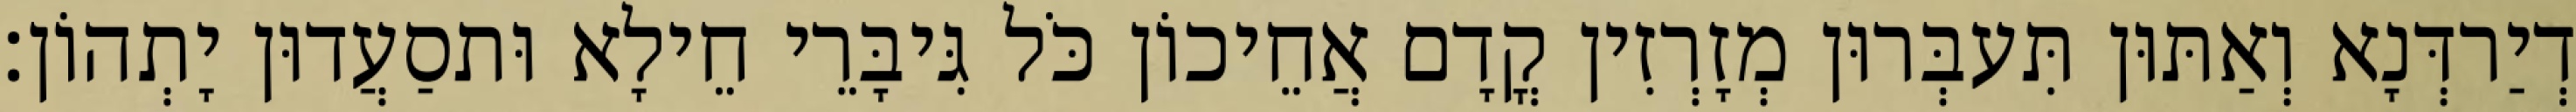
דְיַרדְּנָא וְאַתּוּן תִּעבְּרוּן מְזָרְזִין קֳדָם אֲחֵיכוֹן כֹּל גִּיבָּרֵי חֵילָא וּתסַעֲדוּן יָתְהוֹן׃